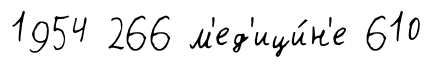
1954 266 м'ед'ици́н'е 610